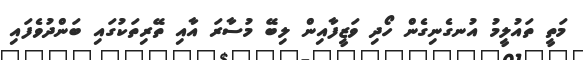
މަތީ ތައުލީމު އުނގެނިގެން ހޯދި ވަޒީފާއިން ލިބޭ މުސާރަ އާއި ތޭރިތަކުގައި ބަންދުވެފައި